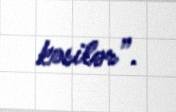
kəsilər”.